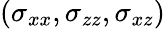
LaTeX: (\sigma_{xx},\sigma_{zz},\sigma_{xz})